Report of the Imperial Institute of Veterinary Research, Muktesar
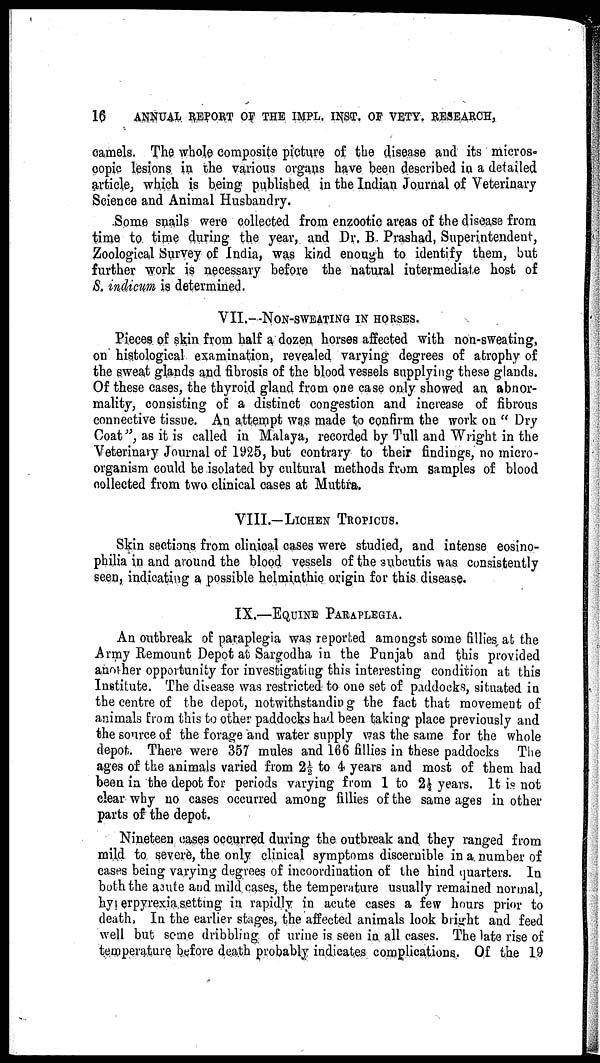
16
ANNUAL REPORT OF THE IMPL. INST. OF VETY. RESEARCH,
camels. The whole composite picture of the disease and its micros-
copic lesions in the various organs have been described in a detailed
article, which is being published in the Indian Journal of Veterinary
Science and Animal Husbandry.
Some snails were collected from enzootic areas of the disease from
time to time during the year, and Dr. B. Prashad, Superintendent,
Zoological Survey of India, was kind enough to identify them, but
further work is necessary before the natural intermediate host of
S. indicum is determined.
VII.- NON-SWEATING IN HORSES.
Pieces of skin from half a dozen horses affected with non-sweating,
on histological examination, revealed varying degrees of atrophy of
the sweat glands and fibrosis of the blood vessels supplying these glands.
Of these cases, the thyroid gland from one case only showed an abnor-
mality, consisting of a distinct congestion and increase of fibrous
connective tissue. An attempt was made to confirm the work on " Dry
Coat", as it is called in Malaya, recorded by Tull and Wright in the
Veterinary Journal of 1925, but contrary to their findings, no micro-
organism could be isolated by cultural methods from samples of blood
collected from two clinical cases at Muttra.
VIII.—LICHEN TROPICUS.
Skin sections from clinical cases were studied, and intense eosino¬
philia in and around the blood vessels of the 3ubcutis was consistently
seen, indicating a possible helminthic origin for this disease.
IX.—EQUINE PARAPLEGIA.
An outbreak of paraplegia was reported amongst some fillies at the
Army Remount Depôt at Sargodha in the Punjab and this provided
another opportunity for investigating this interesting condition at this
Institute. The disease was restricted to one set of paddocks, situated in
the centre of the depot, notwithstanding the fact that movement of
animals from this to other paddocks had been taking place previously and
the source of the forage and water supply was the same for the whole
depot. There were 357 mules and 166 fillies in these paddocks The
ages of the animals varied from 2½ to 4 years and most of them had
been in the depot for periods varying from 1 to 2½ years. It is not
clear why no cases occurred among fillies of the same ages in other
parts of the depot.
Nineteen cases occurred during the outbreak and they ranged from
mild to severe, the only clinical symptoms discernible in a number of
cases being varying degrees of incoordination of the hind quarters. In
both the acute and mild cases, the temperature usually remained normal,
hyperpyrexia setting in rapidly in acute cases a few hours prior to
death. In the earlier stages, the affected animals look bright and feed
well but some dribbling of urine is seen in all cases. The late rise of
temperature before death probably indicates complications. Of the 19